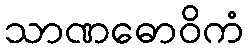
သာဏဓောဝိကံ